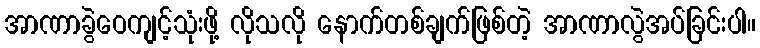
အာဏာခွဲဝေကျင့်သုံးဖို့ လိုသလို နောက်တစ်ချက်ဖြစ်တဲ့ အာဏာလွဲအပ်ခြင်းပါ။